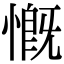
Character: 慨